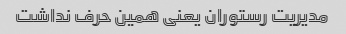
مدیریت رستوران یعنی همین حرف نداشت